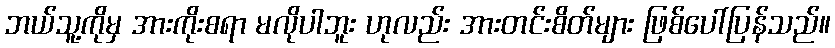
ဘယ်သူ့ကိုမှ အားကိုးစရာ မလိုပါဘူး ဟုလည်း အားတင်းစိတ်များ ဖြစ်ပေါ်ပြန်သည်။